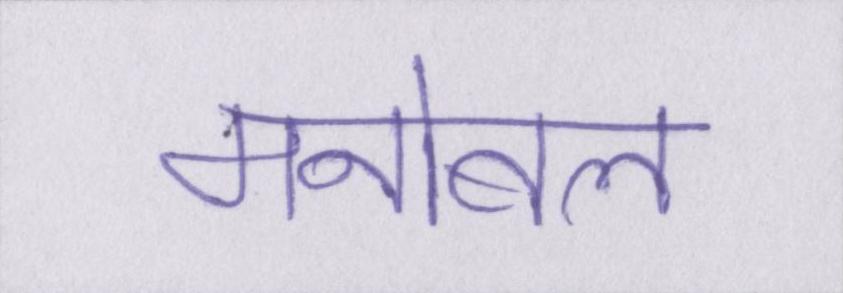
मनोबल